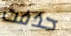
حذفت